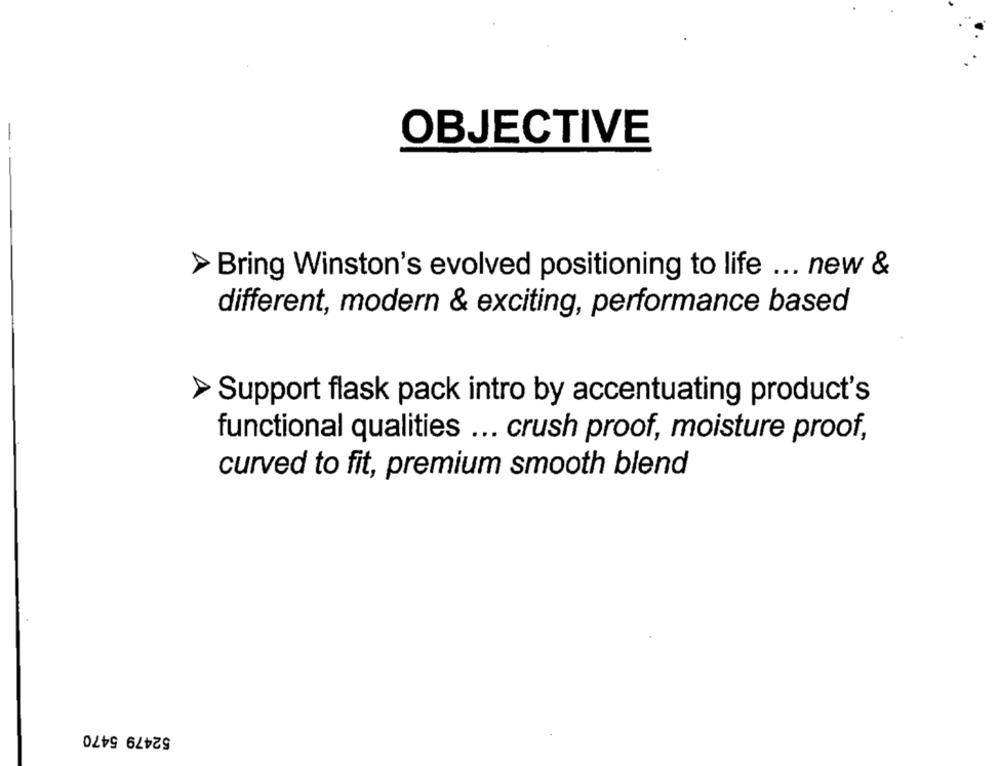
OBJECTIVE
> Bring Winston's evolved positioning to life ... new &
different, modern & exciting, performance based
Support flask pack intro by accentuating product's
functional qualities ... crush proof, moisture proof,
curved to fit, premium smooth blend
52479 5470